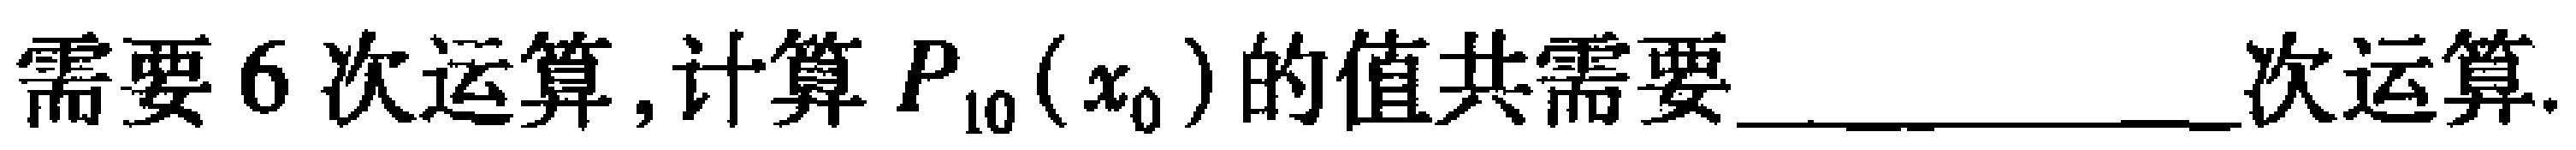
需要6次运算, 计算$P_{10}(x_{0})$的值共需要____________次运算.